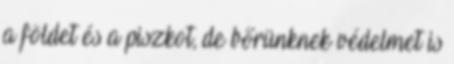
a földet és a piszkot, de bőrünknek védelmet is